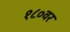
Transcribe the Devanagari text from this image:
१८०वर